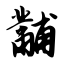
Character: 黼